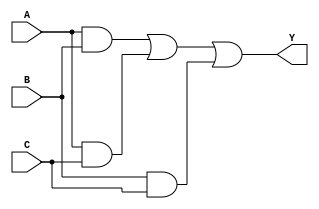
module sop_logic (
    input wire A,  // Input variable A
    input wire B,  // Input variable B
    input wire C,  // Input variable C
    output wire Y  // Output variable Y
);

// Intermediate signals for product terms
wire term1;  // A AND B
wire term2;  // A AND C
wire term3;  // B AND C

// Implementing the product terms using AND gates
assign term1 = A & B;  // A AND B
assign term2 = A & C;  // A AND C
assign term3 = B & C;  // B AND C

// Final output using OR gate
assign Y = term1 | term2 | term3;  // Y = (A AND B) OR (A AND C) OR (B AND C)

endmodule